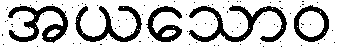
အယသောဝ